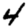
Digit: 4